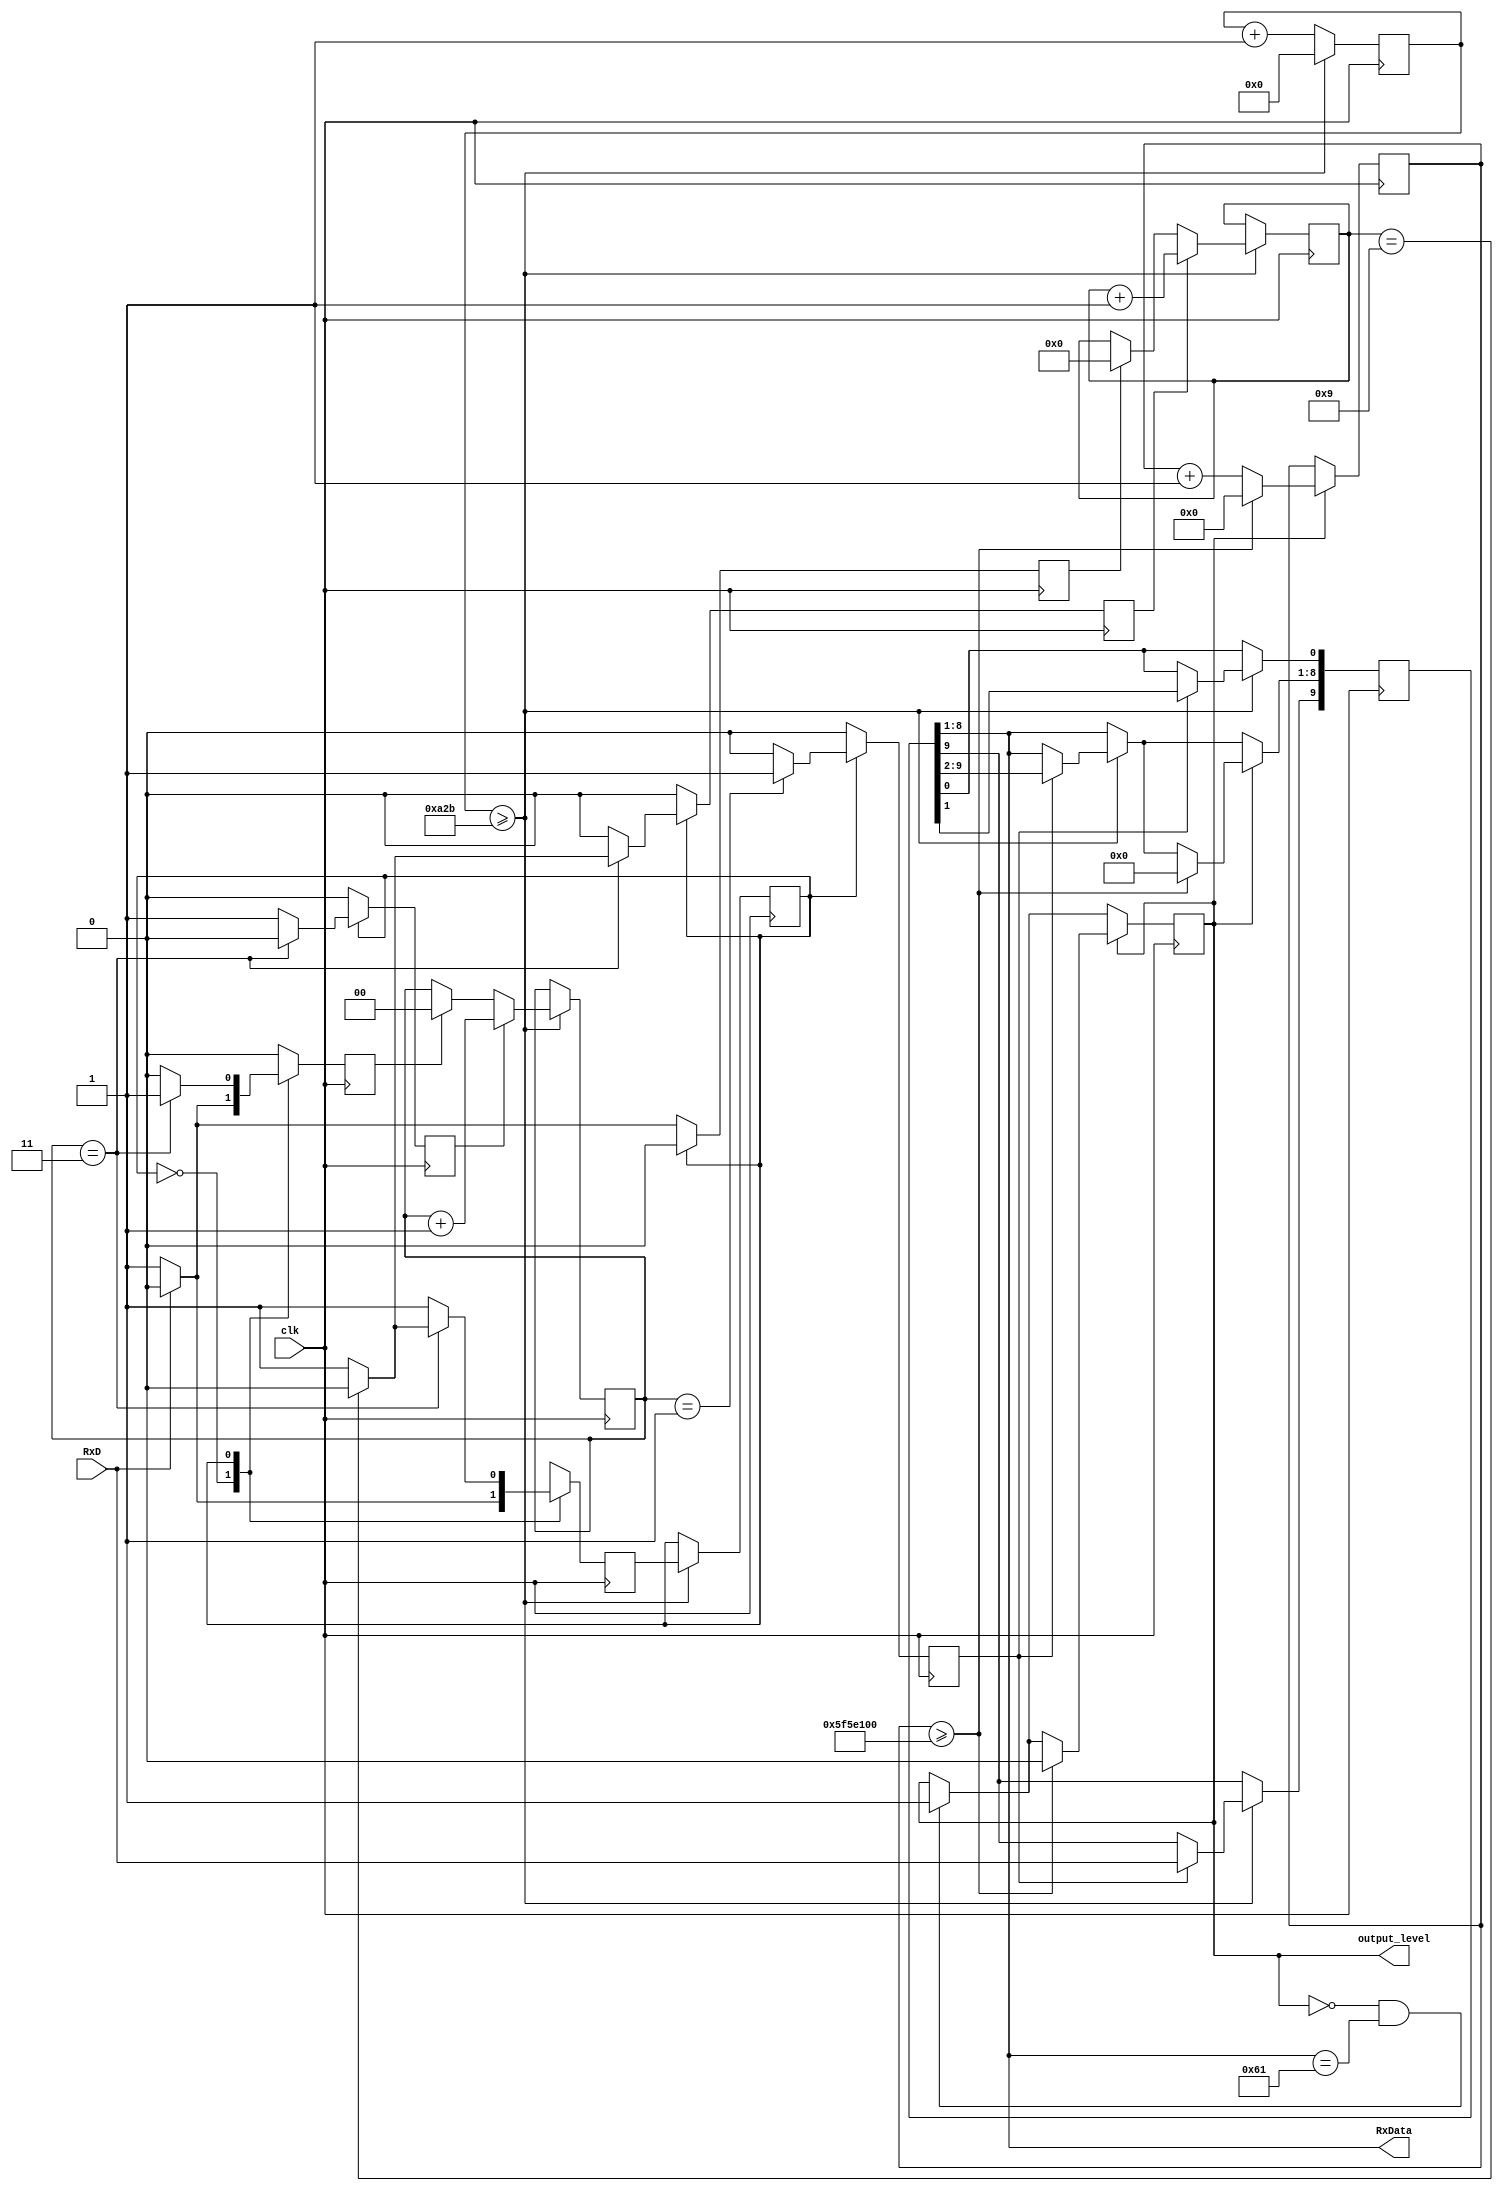
`timescale 1ns / 1ps
//////////////////////////////////////////////////////////////////////////////////
// Company: 
// Engineer: 
// 
// Design Name: 
// Module Name: UART
// Project Name: 
// Target Devices: 
// Tool Versions: 
// Description: 
// 
// Dependencies: 
// 
// Revision:
// Revision 0.01 - File Created
// Additional Comments:
// 
//////////////////////////////////////////////////////////////////////////////////


module UART #(parameter reset_key = 8'b01100001)(
input clk, 
 input RxD, // input receiving data line
 output [7:0] RxData, // output for 8 bits data
 output output_level //
    );
    
reg [3:0] bitcounter = 0; // 4 bits counter to count if 10 bits data transmission complete or not
    reg [1:0] samplecounter = 0; // 2 bits sample counter to count up to 4 for oversampling
    reg clear_bitcounter, inc_bitcounter, inc_samplecounter, clear_samplecounter; // clear or increment the counter
    reg [13:0] counter = 0; // 14 bits counter to count the baud rate (symbol rate) for UART receiving
    reg state = 0; // initial state variable (mealy finite state machine)
    reg nextstate; // next state variable (mealy finite state machine)
    reg shift; // signal to indicate shifting data is ready
    reg [9:0] rxshiftreg; // 10 bits data needed to be shifted in during transmission. For storing the serial package and sending its bits one by one. The least significant bit is initialized with the binary value "0" (a start bit) A binary value "1" is introduced in the most significant bit
    reg output_reset = 0; // our output reset
    reg [31:0] time_counter = 0; // needed for our output reset
    // Constants (a parameter infers its type from its value)
    parameter clk_freq = 100_000_000; // system clock frequency
    parameter baud_rate = 9_600; // baud rate (should be agreed upon with the transmitter)
    parameter oversamples = 4; // oversampling
    parameter reset_counter = clk_freq/(baud_rate*oversamples); // counter upper bound
    // <------------ 100M clock cycles ----------->
    // <------------ 9,600 bits ------------------>
    // <------------ 9,600x4 samples ------------->
    // reset_counter = 2604, means counter goes from 0 to 2604 (during that time I should take 1 sample)
    parameter counter_mid_sample = (oversamples/2); // this is the middle point of a bit where you want to sample it
    parameter num_bit = 10; // 1 start, 8 data, 1 stop
    // 8'b01100001; is the binary value of the ASCII character of small 'a' keyboard button
    parameter reset_high_seconds = 1;
    parameter reset_time_counter = clk_freq*reset_high_seconds;
    assign RxData = rxshiftreg [8:1]; // assign the RxData from the shiftregister
    assign output_level = output_reset;
    // UART receiver logic
    always @ (posedge clk) begin
    counter <= counter +1; // start count in the counter
    if (counter >= reset_counter-1) begin // if counter reach the baud rate with sampling
    counter <=0; //reset the counter
    state <= nextstate; // assign the state to nextstate
    if (shift)rxshiftreg <= {RxD,rxshiftreg[9:1]}; //if shift asserted, load the receiving data
    if (clear_samplecounter) samplecounter <=0; // if clear sampl counter asserted, reset sample counter
    if (inc_samplecounter) samplecounter <= samplecounter +1; //if increment counter asserted, start sample count
    if (clear_bitcounter) bitcounter <=0; // if clear bit counter asserted, reset bit counter
    if (inc_bitcounter)bitcounter <= bitcounter +1; // if increment bit counter asserted, start count bit counter
    end
    // Handle our desired reset output
    if (output_reset == 0 && rxshiftreg[8:1] == reset_key)
    output_reset <= 1;
    if (output_reset == 1)
    if (time_counter >= reset_time_counter) begin
    time_counter <= 0;
    output_reset <= 0;
    rxshiftreg[8:1] <= 0;
    end
    else time_counter <= time_counter +1;
    end
    // Finite state machine
    always @ (posedge clk) begin //trigger by clock
    shift <= 0; // set shift to 0 to avoid any shifting
    clear_samplecounter <=0; // set clear sample counter to 0 to avoid reset
    inc_samplecounter <=0; // set increment sample counter to 0 to avoid any increment
    clear_bitcounter <=0; // set clear bit counter to 0 to avoid claring
    inc_bitcounter <=0; // set increment bit counter to avoid any count
    nextstate <=0; // set next state to be idle state
    case (state)
    0: begin // idle state
    if (RxD) // if input RxD data line asserted
    nextstate <=0; // back to idle state because RxD needs to be low to start transmission
    else begin // if input RxD data line is not asserted
    nextstate <=1; // jump to receiving state
    clear_bitcounter <=1; // trigger to clear bit counter
    clear_samplecounter <=1; // trigger to clear sample counter
    end
    end
    1: begin // receiving state
    nextstate <= 1; // DEFAULT
    if (samplecounter == counter_mid_sample - 1) shift <= 1; // if sample counter is 1, trigger shift
    if (samplecounter == oversamples - 1) begin // if sample counter is 3 as the sample rate used is 3
    if (bitcounter == num_bit - 1) // check if bit counter if 9 or not
    nextstate <= 0; // back to idle state if bit counter is 9 as receving is complete
    else begin
    inc_bitcounter <=1; // trigger the increment bit counter if bit counter is not 9
    end
    clear_samplecounter <=1; //trigger the sample counter to reset the sample counter
    end
    else inc_samplecounter <=1; // if sample is not equal to 3, keep counting
    end
    default: nextstate <=0; //default idle state
    endcase
    end
    endmodule